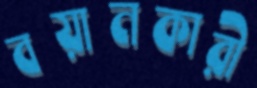
বয়ানকারী